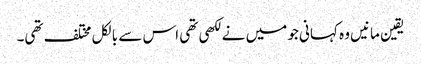
یقین مانیں وہ کہانی جو میں نے لکھی تھی اس سے بالکل مختلف تھی۔